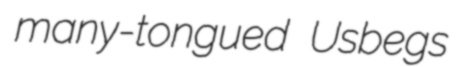
many-tongued Usbegs